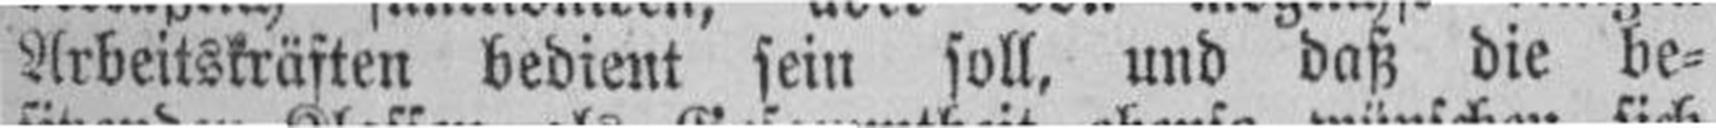
Arbeitskräften bedient sein soll, und daß die be¬